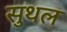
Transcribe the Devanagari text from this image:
सुथल